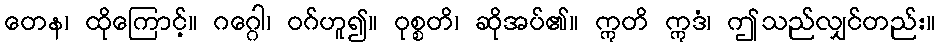
တေန၊ ထိုကြောင့်။ ဂဂ္ဂေါ၊ ဝဂ်ဟူ၍။ ဝုစ္စတိ၊ ဆိုအပ်၏။ ဣတိ ဣဒံ၊ ဤသည်လျှင်တည်း။